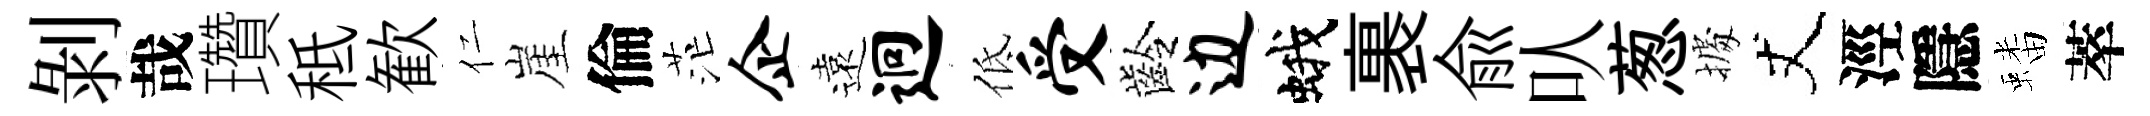
剝哉瓚秪歓仁崖倫茫企遠迥低受齡边蛾裹兪㕥葱𢴃丈涇隱蟠萃